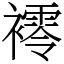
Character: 䙥